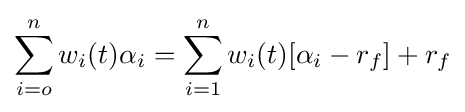
\sum _{i=o}^{n}w_{i}(t)\alpha _{i}=\sum _{i=1}^{n}w_{i}(t)[\alpha _{i}-r_{f}]+r_{f}